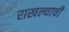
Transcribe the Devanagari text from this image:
राखल्याची